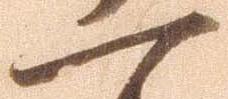
一